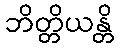
ဘိတ္တိယန္တိ